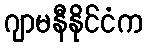
ဂျာမနီနိုင်ငံက